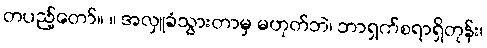
တပည့်တော်။ ။ အလှူခံသွားတာမှ မဟုတ်ဘဲ၊ ဘာရှက်စရာရှိတုန်း၊